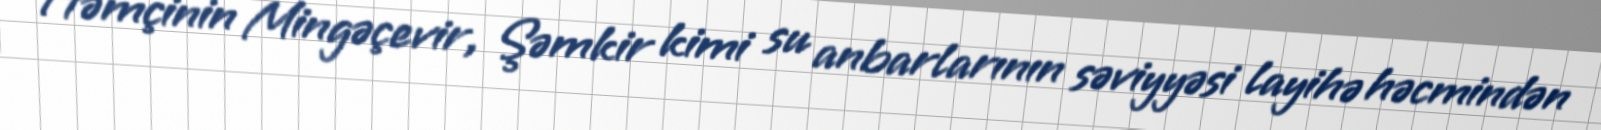
Həmçinin Mingəçevir, Şəmkir kimi su anbarlarının səviyyəsi layihə həcmindən